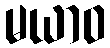
မယာဝ